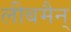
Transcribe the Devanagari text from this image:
लीबमैन्